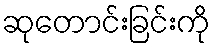
ဆုတောင်းခြင်းကို